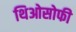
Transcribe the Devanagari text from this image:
थिओसोफी